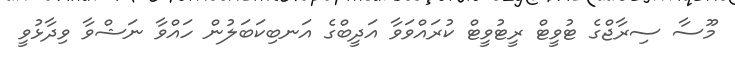
މޫސާ ސިރާޖްގެ ޓުވީޓް ރީޓުވީޓް ކުރައްވަވާ އަދީބްގެ އަނބިކަބަލުން ހައްވާ ނަޝްވާ ވިދާޅުވީ